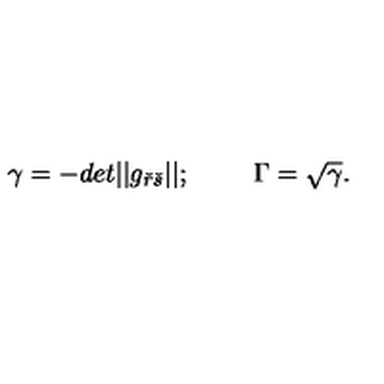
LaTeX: \gamma = - d e t | | g _ { \check { r } \check { s } } | | ; \quad \quad \ \Gamma = \sqrt { \gamma } .